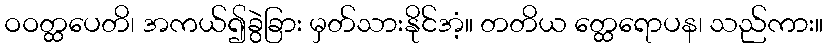
ဝဝတ္ထပေတိ၊ အကယ်၍ခွဲခြား မှတ်သားနိုင်အံ့။ တတိယ တ္ထေရောပန၊ သည်ကား။